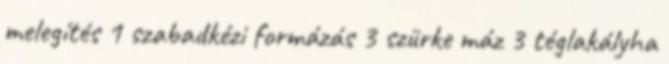
melegítés 1 szabadkézi formázás 3 szürke máz 3 téglakályha